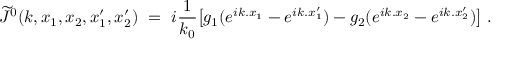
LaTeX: \widetilde J ^ { 0 } ( k , x _ { 1 } , x _ { 2 } , x _ { 1 } ^ { \prime } , x _ { 2 } ^ { \prime } ) \ = \ i \frac { 1 } { k _ { 0 } } \big [ g _ { 1 } ( e ^ { i k . x _ { 1 } } - e ^ { i k . x _ { 1 } ^ { \prime } } ) - g _ { 2 } ( e ^ { i k . x _ { 2 } } - e ^ { i k . x _ { 2 } ^ { \prime } } ) \big ] \ .